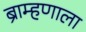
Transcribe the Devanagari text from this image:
ब्राम्हणाला